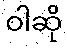
ဝါဆို